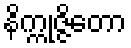
နိက္ကုဇ္ဇိတော